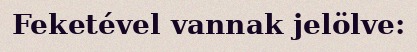
Feketével vannak jelölve: